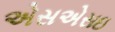
એસએસઇ